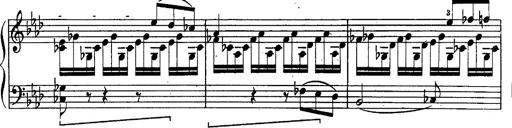
Title: Schubert's Impromptus [revised and edited by Franz Liszt]
Composer: Franz Liszt